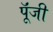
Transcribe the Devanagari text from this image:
पूॅंजी